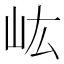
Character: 𡵓